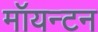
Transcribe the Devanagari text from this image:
मॉयन्टन